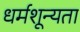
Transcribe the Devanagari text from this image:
धर्मशून्यता